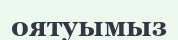
оятуымыз